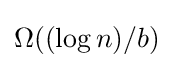
\Omega ((\log n)/b)